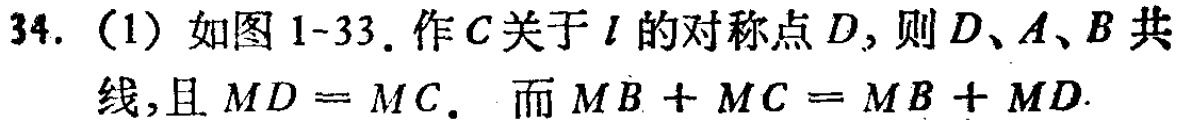
34.（1）如图1-33. 作\(C\)关于\(l\)的对称点\(D\)，则\(D\)、\(A\)、\(B\)共线，且 \(MD = MC\). 而 \(MB + MC = MB + MD\).